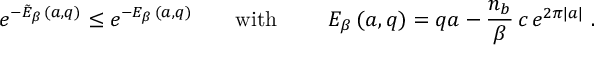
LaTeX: \left. e ^ { - \tilde { E } _ { \beta } \, ( a , q ) } \leq e ^ { - E _ { \beta } \, ( a , q ) } \ \ \ \ \ \ \mathrm { w i t h } \ \ \ \ \ \ \ E _ { \beta } \, ( a , q ) = q a - \frac { n _ { b } } { \beta } \, c \, e ^ { 2 \pi | a | } \ . \right.